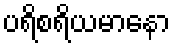
ပရိစရိယမာနော